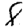
Digit: 8